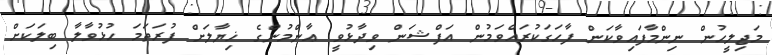
މަޖިލީހުން ނިންމާފައިވާކަން ފާހަގަކުރައްވަމުން އަފްޝަން ވިދާޅުވީ ޢާންމުންގެ ޚިޔާލަށް ފުރަތަމަ ހުޅުވާލާ ބިލަކަށް